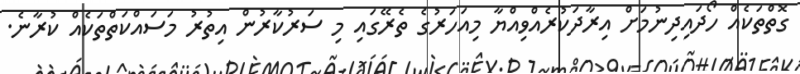
ގޮތްތަކެއް ހޯދައިދިނުމަށް އިރާދަކުރެއްވިއްޔާ މިއަހަރުގެ ތެރޭގައި މި ސަރުކާރުން އިތުރު މަސައްކަތްތަކެއް ކުރާނެ.